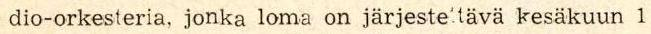
 dio-orkesteria, jonka loma on järjeste'tävä kesäkuun 1